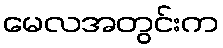
မေလအတွင်းက